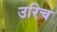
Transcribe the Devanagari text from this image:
उरिच